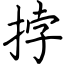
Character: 挬